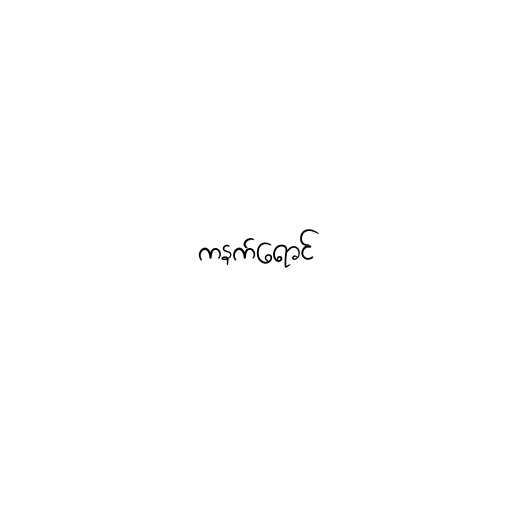
ကနက်ရောင်